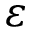
\varepsilon